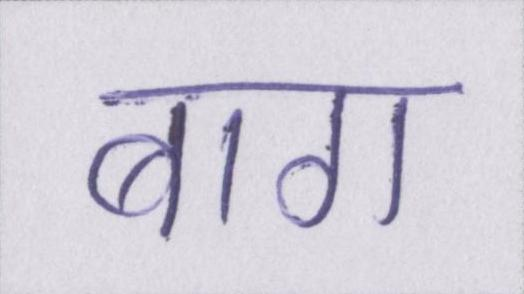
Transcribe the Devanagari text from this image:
बाग